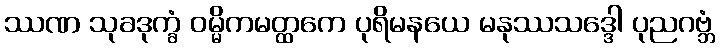
ဿဏ သုခဒုက္ခံ ဝမ္မိကမတ္ထကေ ပုရိမနယေ မနုဿသဒ္ဒေါ ပုညဂဗ္ဘံ